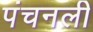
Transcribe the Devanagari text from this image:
पंचनली